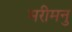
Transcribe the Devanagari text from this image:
मरीमनु